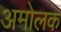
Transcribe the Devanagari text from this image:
अमोलक